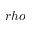
r h o